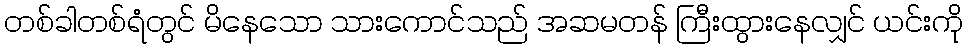
တစ်ခါတစ်ရံတွင် မိနေသော သားကောင်သည် အဆမတန် ကြီးထွားနေလျှင် ယင်းကို